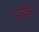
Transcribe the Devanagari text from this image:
सॉर्किन